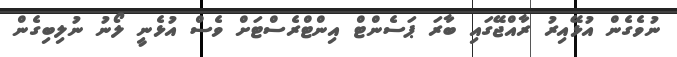
ނުވެގެން އުޅޭއިރު ރާއްޖޭގައި ބާރަ ޕަސެންޓް އިންޓްރެސްޓަށް ވެސް އުޅެނީ ލޯނު ނުލިބިގެން